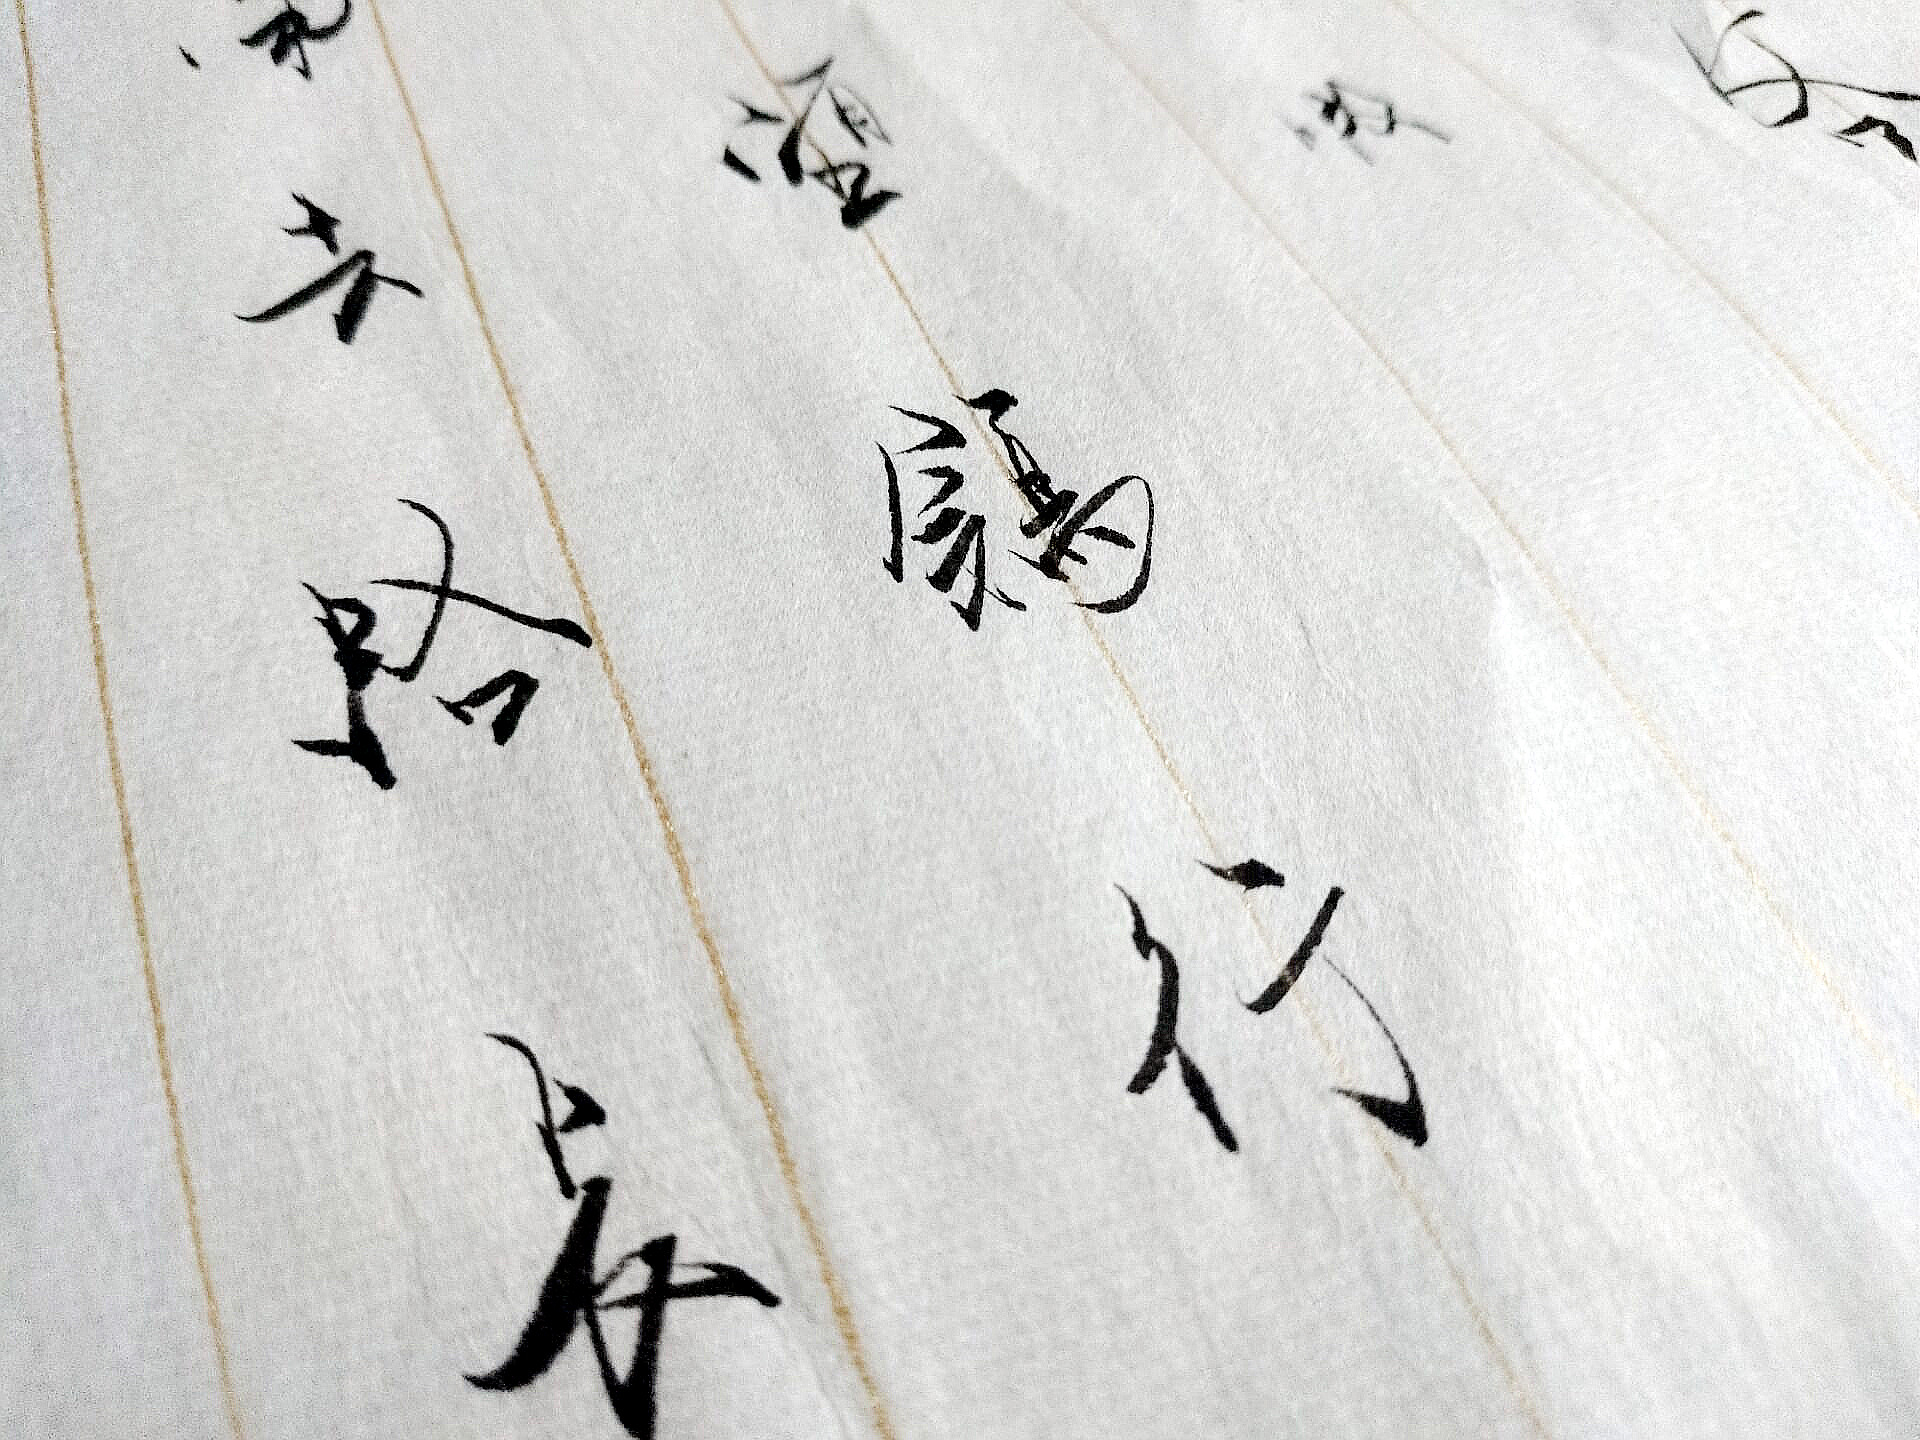
此心终合雪，去已莫思量。